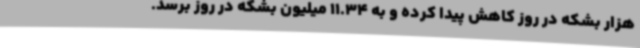
هزار بشکه در روز کاهش پیدا کرده و به 11.34 میلیون بشکه در روز برسد.